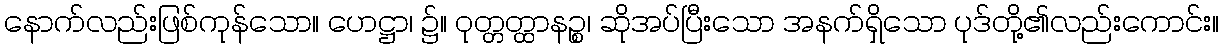
နောက်လည်းဖြစ်ကုန်သော။ ဟေဋ္ဌာ၊ ၌။ ဝုတ္တတ္ထာနဉ္စ၊ ဆိုအပ်ပြီးသော အနက်ရှိသော ပုဒ်တို့၏လည်းကောင်း။